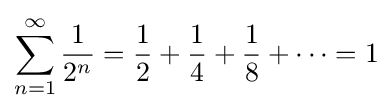
\sum _{n=1}^{\infty }{\frac {1}{2^{n}}}={\frac {1}{2}}+{\frac {1}{4}}+{\frac {1}{8}}+\cdots =1